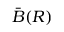
{ \bar { B } } ( R )